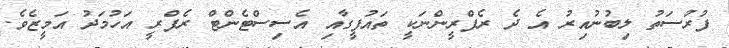
ފުރުސަތު ލިބުނުއިރު އެ ދެ ރެފްރީންނަކީ ތައުފީގާއި އެސިސްޓެންޓް ރެފްރީ އަހުމަދު އަމީޒެވެ.